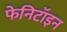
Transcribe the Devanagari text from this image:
फेनिटॉइन